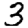
Digit: 3